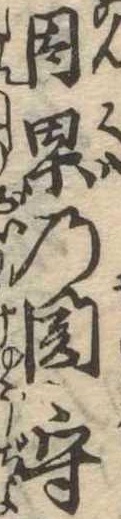
因果の関守